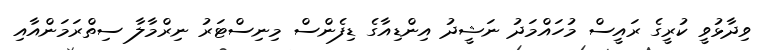
ވިދާޅުވީ ކުރީގެ ރައީސް މުހައްމަދު ނަޝީދު އިންޑިއާގެ ޑިފެންސް މިނިސްޓަރު ނިރްމާލާ ސިތްރަމަންއާއި